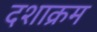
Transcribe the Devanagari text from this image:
दशाक्रम